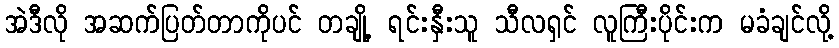
အဲဒီလို အဆက်ပြတ်တာကိုပင် တချို့ ရင်းနှီးသူ သီလရှင် လူကြီးပိုင်းက မခံချင်လို့